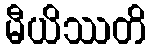
မီယိဿတိ